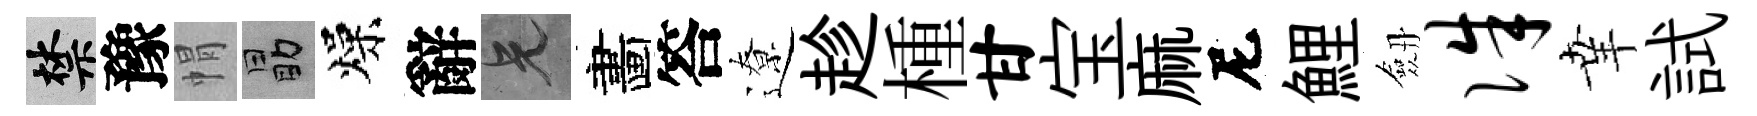
禁豫㡌勗燥辭兄畵答遼趁㮔甘宝麻尼鯉劔侏𦍒試